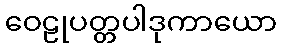
ဝေဠုပတ္တပါဒုကာယော